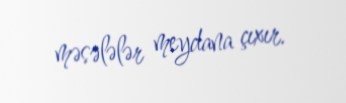
məsələlər meydana çıxır.